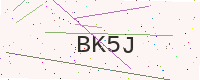
Text: BK5J